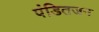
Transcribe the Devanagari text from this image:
पंडितजन